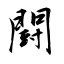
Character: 闘